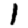
Digit: 1